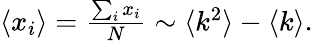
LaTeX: \begin{array}{r}{\langle x_{i}\rangle=\frac{\sum_{i}x_{i}}{N}\sim\langle k^{2}\rangle-\langle k\rangle.}\end{array}